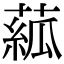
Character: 𦸷